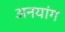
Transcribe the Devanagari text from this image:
अनयांग